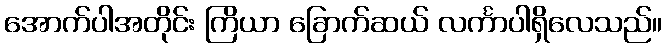
အောက်ပါအတိုင်း ကြိယာ ခြောက်ဆယ် လင်္ကာပါရှိလေသည်။